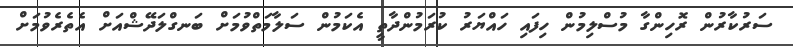
ސަރުކާރުން ރޮހިންގާ މުސްލިމުން ހިފައި ހައްޔަރު ކުރަމުންދާތީ އެކަމުން ސަލާމަތްވުމަށް ބަނގްލަދޭޝްއަށް އެތެރެވުމަށް